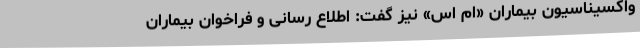
واکسیناسیون بیماران «ام اس» نیز گفت: اطلاع رسانی و فراخوان بیماران